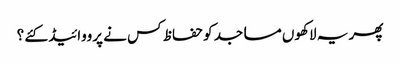
پھر یہ لاکھوں مساجد کو حفاظ کس نے پرووائیڈ کئے ؟